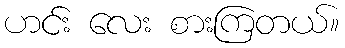
ဟင်း လေး စားကြတယ်။